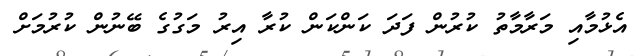
އެޅުމާއި މަރާމާތު ކުރުން ފަދަ ކަންކަން ކުރާ އިރު މަގުގެ ބޭނުން ކުރުމަށް